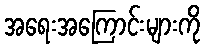
အရေးအကြောင်းများကို